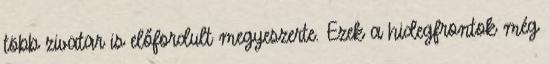
több zivatar is előfordult megyeszerte. Ezek a hidegfrontok még